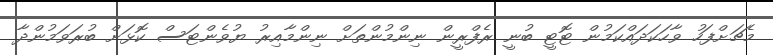
މެޗަށްފަހު ވާހަކަދައްކަމުން ޓޮޓީ ބުނީ ރެފްރީން ނިންމުންތަށް ނިންމާއިރު ޔުވެންޓަސް ކޮޅަށް ބުރަވަމުންދާ